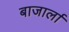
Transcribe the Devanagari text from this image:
बाजार्ला